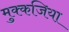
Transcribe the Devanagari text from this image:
मुक्कजिया